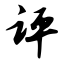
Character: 评